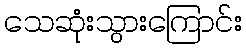
သေဆုံးသွားကြောင်း